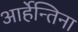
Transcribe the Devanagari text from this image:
आर्हेन्तिना